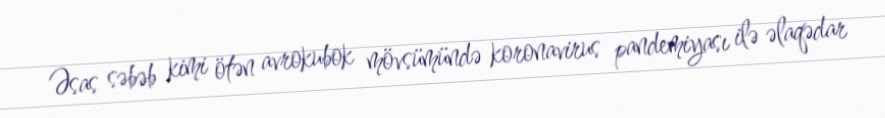
Əsas səbəb kimi ötən avrokubok mövsümündə koronavirus pandemiyası ilə əlaqədar